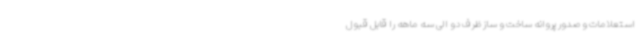
استعلامات و صدور پروانه ساخت و ساز ظرف دو الی سه ماهه را قابل قبول